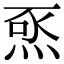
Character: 𭴺